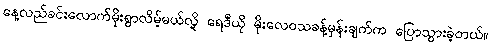
နေ့လည်ခင်းလောက်မိုးရွာလိမ့်မယ်လို့ ရေဒီယို မိုးလေဝသခန့်မှန်းချက်က ပြောသွားခဲ့တယ်။